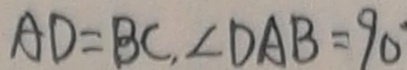
A D = B C , \angle D A B = 9 0